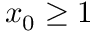
x _ { 0 } \geq 1